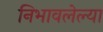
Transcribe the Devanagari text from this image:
निभावलेल्या